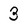
Character: 3